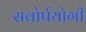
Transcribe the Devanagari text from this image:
सवोर्पयोगी